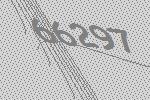
66297